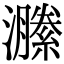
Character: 𤂵